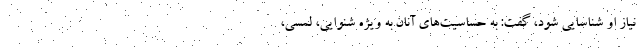
نیاز او شناسایی شود، گفت: به حساسیت‌های آنان به ‌ویژه شنوایی، لمسی،